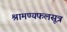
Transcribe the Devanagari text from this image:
श्रामण्यफलसूत्र